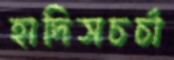
হাদিসচর্চা